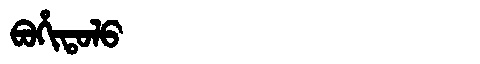
Manchu: ᠪᠣᡥᡳᡨᠣᠯᠣ
Romanization: BOHITOLO